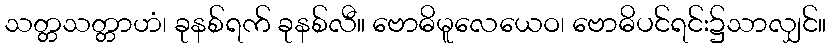
သတ္တသတ္တာဟံ၊ ခုနစ်ရက် ခုနစ်လီ။ ဗောဓိမူလေယေဝ၊ ဗောဓိပင်ရင်း၌သာလျှင်။